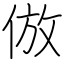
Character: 倣